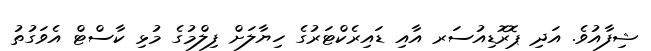
ޝިފާއުވެ. އަދި ޕޮރޮޑިއުސަރ އާއި ޑައިރެކްޓަރުގެ ހިޔާލަށް ފިލްމުގެ މުޅި ކާސްޓް އެވަގުތު